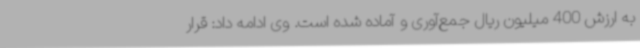
به ارزش 400 میلیون ریال جمع‌آوری و آماده شده است. وی ادامه داد: قرار